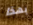
بهذا